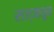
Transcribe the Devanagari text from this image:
सज्जातून